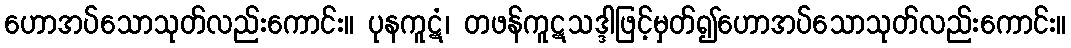
ဟောအပ်သောသုတ်လည်းကောင်း။ ပုနကူဋံ၊ တဖန်ကူဋသဒ္ဒါဖြင့်မှတ်၍ဟောအပ်သောသုတ်လည်းကောင်း။